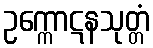
ဥက္ကောဋနသုတ္တံ